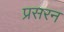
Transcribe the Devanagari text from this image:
प्रसरन